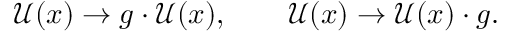
\mathcal { U } ( x ) \rightarrow g \cdot \mathcal { U } ( x ) , \qquad \mathcal { U } ( x ) \rightarrow \mathcal { U } ( x ) \cdot g .